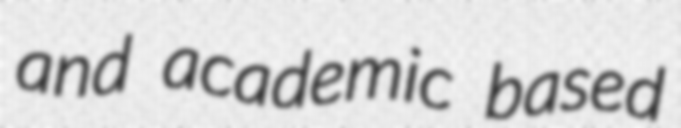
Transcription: and academic based